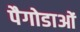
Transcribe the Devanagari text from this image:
पैगोडाओं